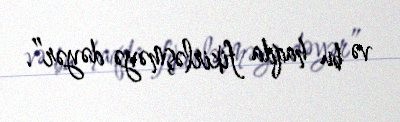
və bu haqda fikirləşməyə dəyər”.